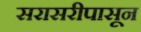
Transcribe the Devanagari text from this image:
सरासरीपासून